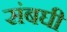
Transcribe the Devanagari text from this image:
संबघी